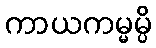
ကာယကမ္မမ္ပိ